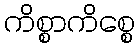
ကိစ္စာကိစ္စေ